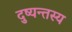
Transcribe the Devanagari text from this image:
दुष्यन्तस्य